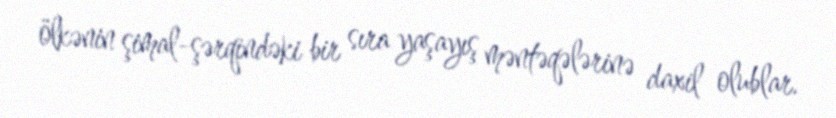
ölkənin şimal-şərqindəki bir sıra yaşayış məntəqələrinə daxil olublar.